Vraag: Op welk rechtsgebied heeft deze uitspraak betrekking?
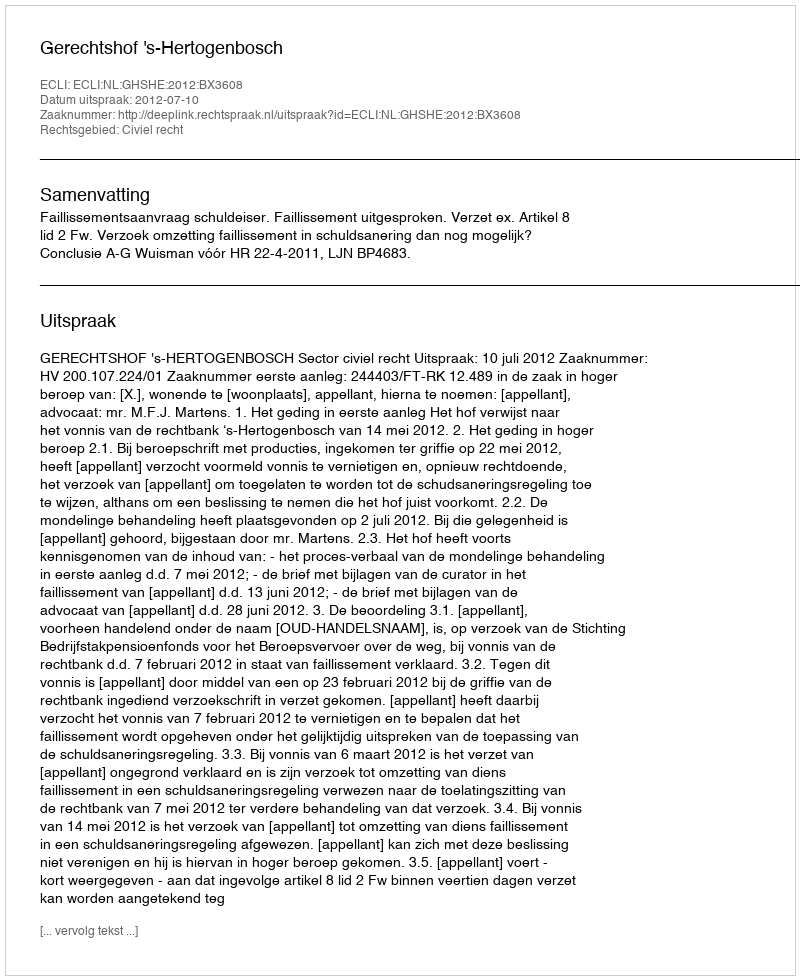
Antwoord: Civiel recht